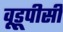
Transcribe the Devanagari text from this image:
वूडूपीसी